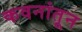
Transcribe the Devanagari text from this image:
कवनांतून